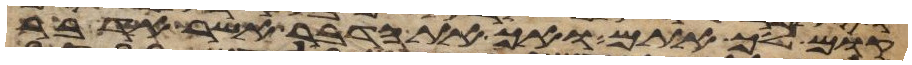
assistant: קום לך אתם ואך את הדבר אשר אדבר